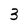
Character: 3